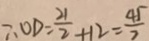
\therefore O D = \frac { 2 1 } { 2 } + 1 2 = \frac { 4 5 } { 7 }